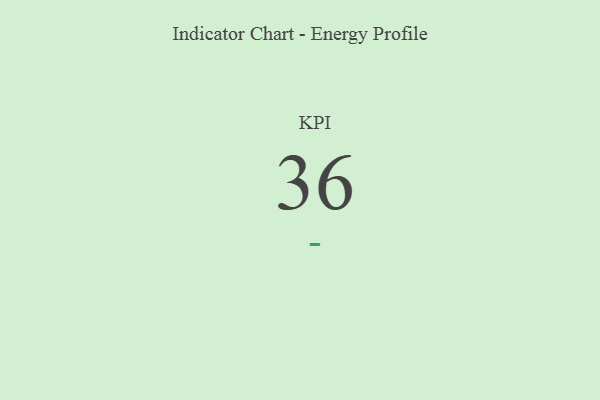
{"axis": {"x": "KPI", "y": "Value"}, "legend": [""], "data": [{"x": "KPI", "y": 36, "type": ""}]}